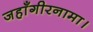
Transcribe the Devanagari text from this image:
जहाँगीरनामा।